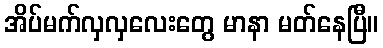
အိပ်မက်လှလှလေးတွေ မာနာ မတ်နေပြီ။